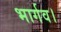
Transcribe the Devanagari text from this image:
भार्गव।